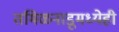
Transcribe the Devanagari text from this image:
तमिळनाडूमध्येही